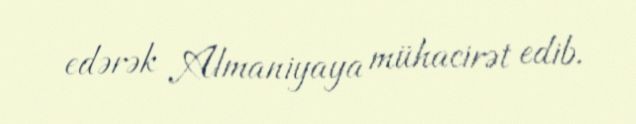
edərək Almaniyaya mühacirət edib.